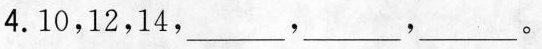
4.10，12，14，___，___，___。